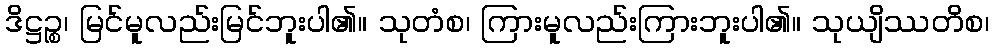
ဒိဋ္ဌဉ္စ၊ မြင်မူလည်းမြင်ဘူးပါ၏။ သုတံစ၊ ကြားမူလည်းကြားဘူးပါ၏။ သုယျိဿတိစ၊